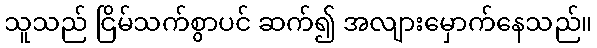
သူသည် ငြိမ်သက်စွာပင် ဆက်၍ အလျားမှောက်နေသည်။